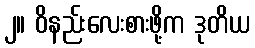
၂။ ဝိနည်းလေးစားဖို့က ဒုတိယ